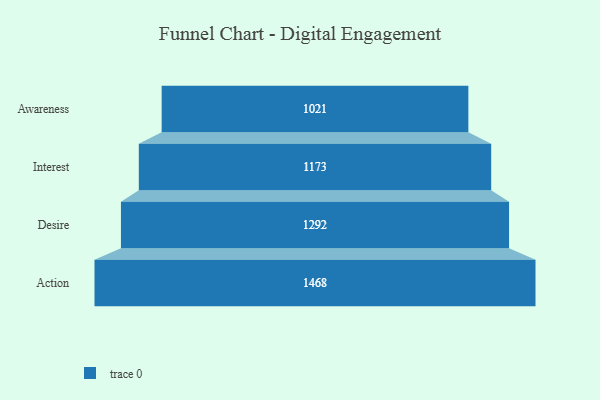
{"axis": {"x": "Stage", "y": "Value"}, "legend": [""], "data": [{"x": "Awareness", "y": 1021.0, "type": ""}, {"x": "Interest", "y": 1173.0, "type": ""}, {"x": "Desire", "y": 1292.0, "type": ""}, {"x": "Action", "y": 1468.0, "type": ""}]}